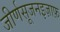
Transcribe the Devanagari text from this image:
जीर्णसूजनइज़ाफ़